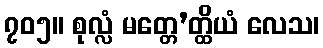
၇၀၅။ စုလ္လံ မတ္တေ’တ္ထိယံ လေသ၊